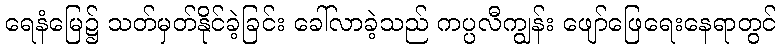
ရေနံမြေ၌ သတ်မှတ်နိုင်ခဲ့ခြင်း ခေါ်လာခဲ့သည် ကပ္ပလီကျွန်း ဖျော်ဖြေရေးနေရာတွင်